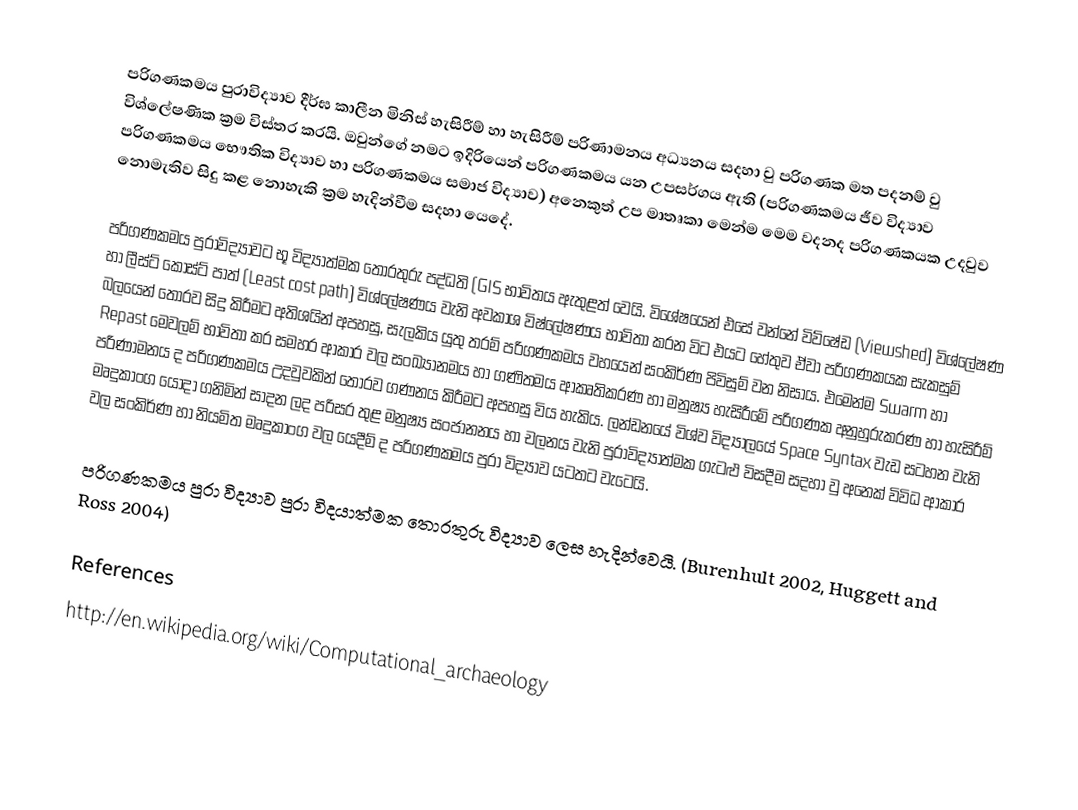
පරිගණකමය පුරාවිද්‍යාව දීර්ඝ කාලීන මිනිස් හැසිරීම් හා හැසිරීම් පරිණාමනය අධ්‍යනය සදහා වු පරිගණක මත පදනම් වු විශ්ලේෂණික ක්‍රම විස්තර කරයි. ඔවුන්ගේ නමට ඉදිරියෙන් පරිගණකමය යන උපසර්ගය ඇති (පරිගණකමය ජීව විද්‍යාව පරිගණකමය භෞතික විද්‍යාව හා පරිගණකමය සමාජ විද්‍යාව) අනෙකුත් උප මාතෘකා මෙන්ම මෙම වදනද පරිගණකයක උදවුව නොමැතිව සිදු කළ නොහැකි ක්‍රම හැදින්වීම සදහා යෙදේ.

පරිගණකමය පුරාවිද්‍යාවට‍ භූ විද්‍යාත්මක තොරතුරු පද්ධති (GIS භාවිතය ඇතුළත් වෙයි. විශේෂයෙන් එසේ වන්නේ විව්ෂේඩ (Viewshed) විශ්ලේෂණ හා ලීස්ට් කොස්ට් පාත් (Least cost path) විශ්ලේෂණය වැනි අවකාශ විෂ්ලේෂණය භාවිතා කරන විට එයට හේතුව ඒවා පරිගණකයක සැකසුම් බලයෙන් තොරව සිදු කිරීමට අතිශයින් අපහසු, සැලකිය යුතු තරම් පරිගණකමය වහයෙන් සංකිර්ණ පිවිසුම් වන නිසාය. එමෙන්ම Swarm හා Repast මෙවලම් භාවිතා කර සමහර ආකාර වල සංඛ්‍යානමය හා ගණිතමය ආකෘතිකරණ හා මනුෂ්‍ය හැසිරීමේ පරිගණක අනුහුරුකරණ හා හැසිරීම් පරිණාමනය ද පරිගණකමය උදවුවකින් තොරව ගණනය කිරීමට අපහසු විය හැකිය. ලන්ඩනයේ විශ්ව විද්‍යාලයේ Space Syntax වැඩ සටහන වැනි මෘදුකාංග යොදා ගනිමින් සාදන ලද පරිසර තුළ මනුෂ්‍ය සංජානනය හා චලනය වැනි පුරාවිද්‍යාත්මක ගැටළු විසදීම සදහා වු අනෙක් විවිධ ආකාර වල සංකිර්ණ හා නියමිත මෘදුකාංග වල යෙදීම් ද පරිගණකමය පුරා විද්‍යාව යටතට වැටෙයි.

පරිගණකමය පුරා විද්‍යාව පුරා විදයාත්මක තොරතුරු විද්‍යාව ලෙස හැදින්වෙයි. (Burenhult 2002, Huggett and Ross 2004)

References
http://en.wikipedia.org/wiki/Computational_archaeology